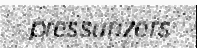
pressurizers